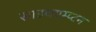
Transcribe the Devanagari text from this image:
साउथएम्प्टन